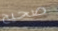
صحيح